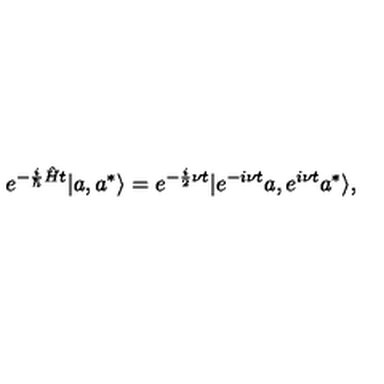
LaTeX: e ^ { - \frac { i } { \hbar } \hat { H } t } | a , a ^ { * } \rangle = e ^ { - \frac { i } { 2 } \nu t } | e ^ { - i \nu t } a , e ^ { i \nu t } a ^ { * } \rangle ,